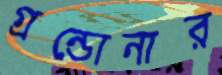
গ্রন্ডোনার